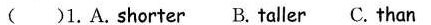
( ) 1.A.shorter B.taller C.than